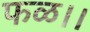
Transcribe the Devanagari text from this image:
फळ।।